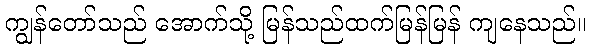
ကျွန်တော်သည် အောက်သို့ မြန်သည်ထက်မြန်မြန် ကျနေသည်။